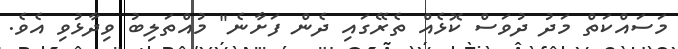
މަސައްކަތް މަދު ދުވަސް ކޮޅެއް ތެރޭގައި ދެން ފަށާނެ" މުއްތަލިބު ވިދާޅުވި އެވެ.